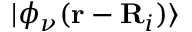
| \phi _ { \nu } ( { \bf r } - { \bf R } _ { i } ) \rangle